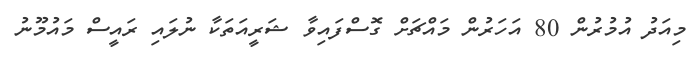
މިއަދު އުމުރުން 80 އަހަރުން މައްޗަށް ގޮސްފައިވާ ޝަރީއަތަކާ ނުލައި ރައީސް މައުމޫނު